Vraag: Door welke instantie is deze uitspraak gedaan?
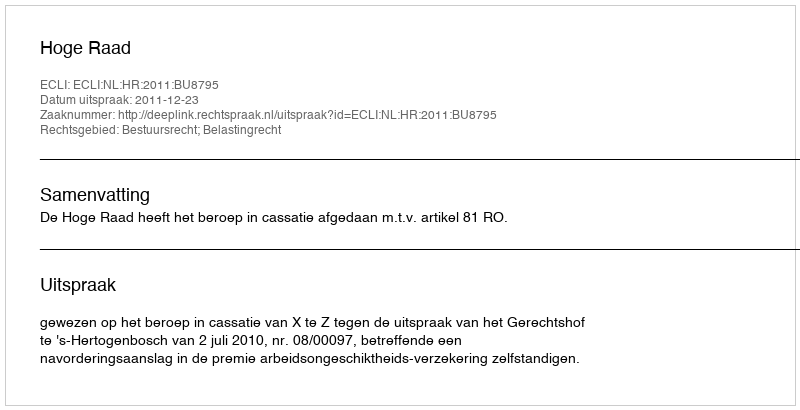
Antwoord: Hoge Raad